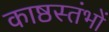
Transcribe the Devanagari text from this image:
काष्ठस्तंभों